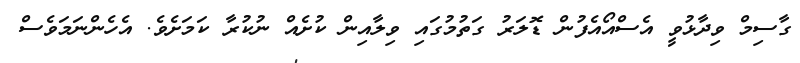
ގާސިމް ވިދާޅުވީ އެސްއޯއެފުން ޑޮލަރު ގަތުމުގައި ވިލާއިން ކުށެއް ނުކުރާ ކަމަށެވެ. އެހެންނަމަވެސް